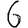
Digit: 6